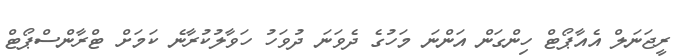
ރީޖަނަލް އެއާޕޯޓް ހިންގަން އަންނަ މަހުގެ ދެވަނަ ދުވަހު ހަވާލުކުރާނެ ކަމަށް ޓްރާންސްޕޯޓް